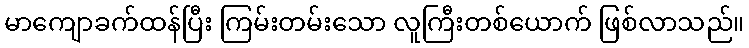
မာကျောခက်ထန်ပြီး ကြမ်းတမ်းသော လူကြီးတစ်ယောက် ဖြစ်လာသည်။